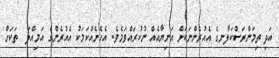
އަދި ތިމަންރަސްކަލާނގެ އެއުރެންނަކަށް އަނިޔާއެއް ނުކުރައްވަމެވެ. އެހެނެއްކަމަކު އެއުރެންގެ އަމިއްލަ  ތަކަށް